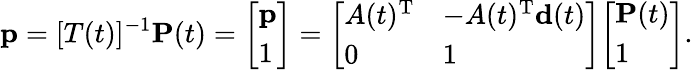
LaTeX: \mathbf{p}=[T(t)]^{-1}\mathbf{P}(t)={\left[\begin{array}{l}{\mathbf{p}}\\ {1}\end{array}\right]}={\left[\begin{array}{ll}{A(t)^{\mathrm{T}}}&{-A(t)^{\mathrm{T}}\mathbf{d}(t)}\\ {0}&{1}\end{array}\right]}{\left[\begin{array}{l}{\mathbf{P}(t)}\\ {1}\end{array}\right]}.